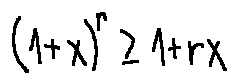
( 1 + x ) ^ { r } \geq 1 + r x